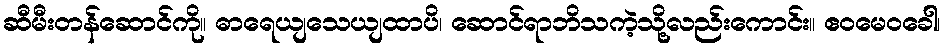
ဆီမီးတန်ဆောင်ကို။ ဓာရေယျသေယျထာပိ၊ ဆောင်ရာဘိသကဲ့သို့လည်းကောင်း။ ဧဝမေဝခေါ၊